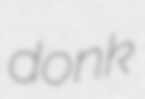
donk